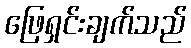
ဖြေရှင်းချက်သည်